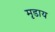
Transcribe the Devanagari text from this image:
मृडाय